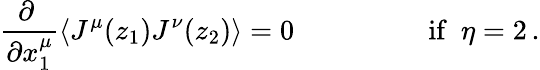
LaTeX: \begin{array}{cc}{{\displaystyle{\frac{\partial~}{\partial x_{1}^{\mu}}}\langle J^{\mu}(z_{1})J^{\nu}(z_{2})\rangle=0~~~~~~}}&{{~~~~~~~~~\mathrm{if~~}\eta=2\, .}}\end{array}